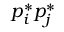
p _ { i } ^ { * } p _ { j } ^ { * }